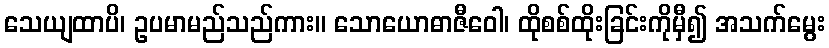
သေယျထာပိ၊ ဥပမာမည်သည်ကား။ သောယောဓာဇီဝေါ၊ ထိုစစ်ထိုးခြင်းကိုမှီ၍ အသက်မွေး